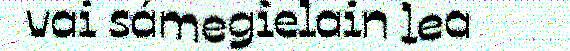
vai sámegielain lea